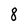
Character: 8